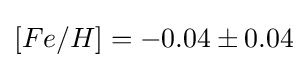
[Fe/H]=-0.04\pm 0.04